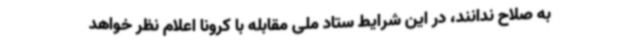
به صلاح ندانند، در این شرایط ستاد ملی مقابله با کرونا اعلام نظر خواهد